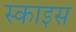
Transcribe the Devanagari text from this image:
स्काइस